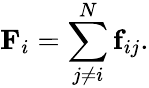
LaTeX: \textbf{F}_{i}=\sum_{j\neq i}^{N}\textbf{f}_{ij}.